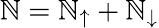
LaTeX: \mathbb{N}=\mathbb{N}_{\uparrow}+\mathbb{N}_{\downarrow}